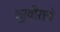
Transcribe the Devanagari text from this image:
शूरवीराने